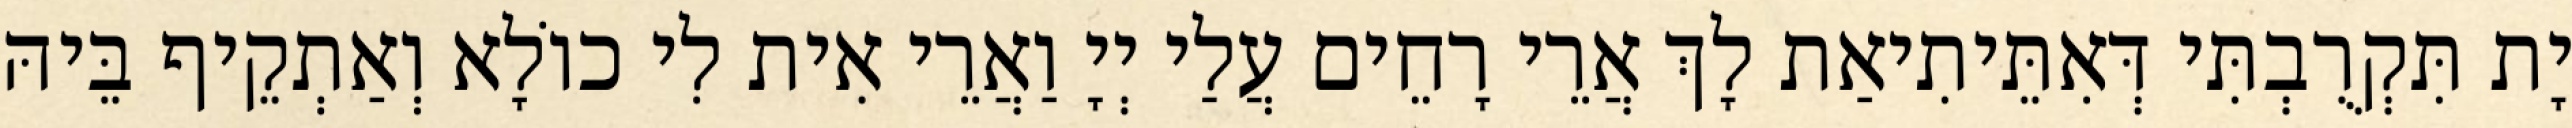
יָת תִּקְרֻבְתִּי דְּאִתֵּיתִיאַת לָךְ אֲרֵי רָחֵים עֲלַי יְיָ וַאֲרֵי אִית לִי כוֹלָא וְאַתְקֵיף בֵּיהּ